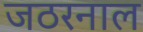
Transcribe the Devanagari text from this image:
जठरनाल